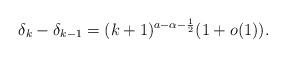
LaTeX: \begin{align*}\delta_k - \delta_{k-1}= (k+1)^{a-\alpha-\frac{1}{2}} ( 1 +o(1)).\end{align*}